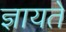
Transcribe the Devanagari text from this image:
ज्ञायते